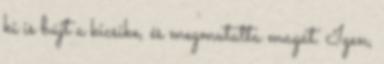
ki is bújt a kicsike, és megmutatta magát. Igen,